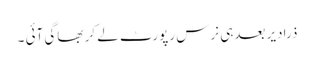
ذرادیر بعدہی نرس رپورٹ لے کر بھاگی آئی ۔